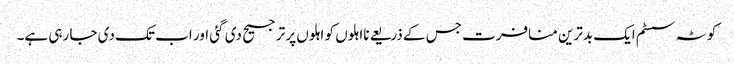
کوٹہ سسٹم ایک بدترین منافرت جس کے ذریعے نااہلوں کو اہلوں پر ترجیح دی گئی اور اب تک دی جا رہی ہے۔